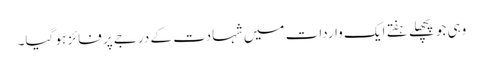
وہی جو پچھلے ہفتے ایک واردات میں شہادت کے درجے پر فائز ہو گیا۔